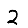
Digit: 2